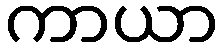
ကာယာ